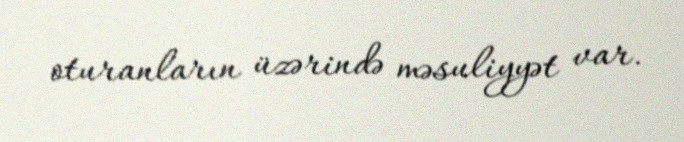
oturanların üzərində məsuliyyət var.